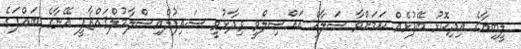
ލީބިޔާގެ އިދިކޮޅު ބޭފުޅެއް ކަމަށްވާ ސަލާޙް އައްސިލްވީ ވިދާޅުވީ ސައިފުލްއިސްލާމުލްޤައްޒާފީ އޭނާގެ ބައްޕަގެ